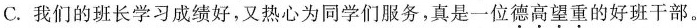
C.我们的班长学习成绩好，又热心为同学们服务，真是一位\underset{·}{德}\underset{·}{高}\underset{·}{望}\underset{·}{重}的好班干部。